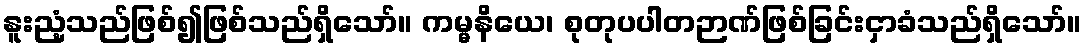
နူးညံ့သည်ဖြစ်၍ဖြစ်သည်ရှိသော်။ ကမ္မနိယေ၊ စုတုပပါတဉာဏ်ဖြစ်ခြင်းငှာခံသည်ရှိသော်။